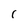
Character: r